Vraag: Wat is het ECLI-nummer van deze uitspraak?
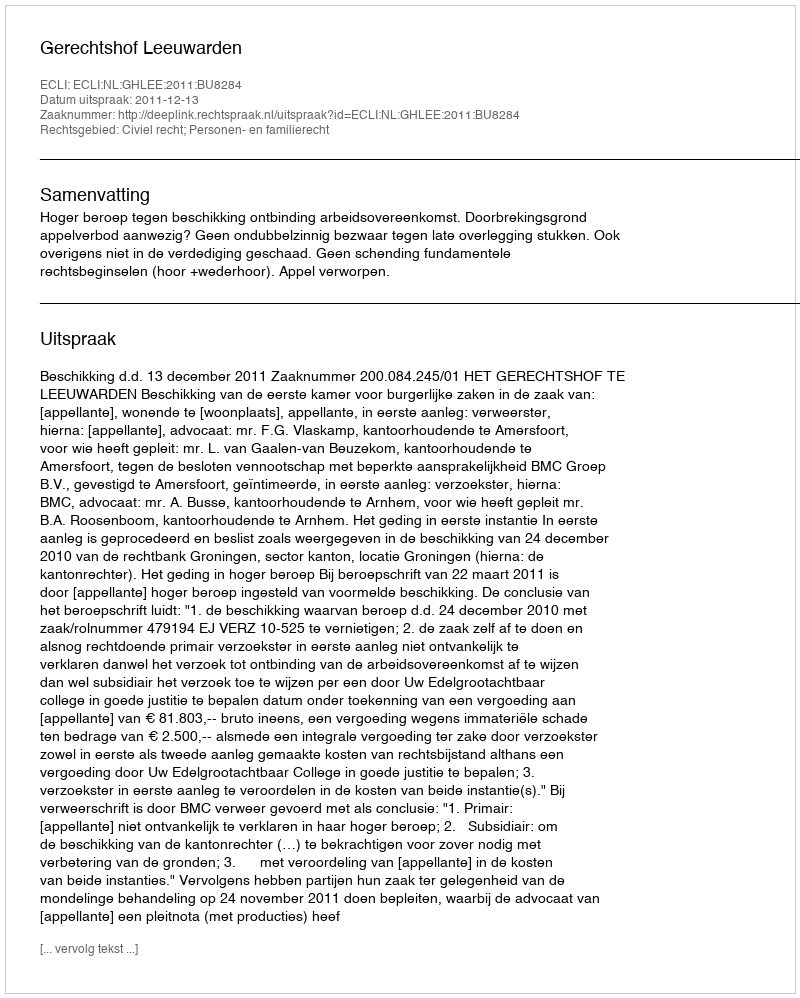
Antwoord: ECLI:NL:GHLEE:2011:BU8284